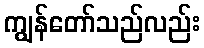
ကျွန်တော်သည်လည်း